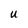
Character: U